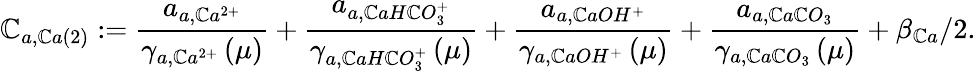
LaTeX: \mathbb{C}_{a,\mathbb{C}a\left(2\right)}:=\frac{{a_{a,\mathbb{C}a^{2+}}}}{{\gamma_{a,\mathbb{C}a^{2+}}\left(\mu\right)}}+\frac{{a_{a,\mathbb{C}aH\mathbb{C}O_{3}^{+}}}}{{\gamma_{a,\mathbb{C}aH\mathbb{C}O_{3}^{+}}\left(\mu\right)}}+\frac{{a_{a,\mathbb{C}aOH^{+}}}}{{\gamma_{a,\mathbb{C}aOH^{+}}\left(\mu\right)}}+\frac{{a_{a,\mathbb{C}a\mathbb{C}O_{3}}}}{{\gamma_{a,\mathbb{C}a\mathbb{C}O_{3}}\left(\mu\right)}}+\beta_{\mathbb{C}a}/2.